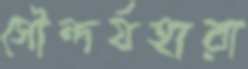
সৌন্দর্যহারা